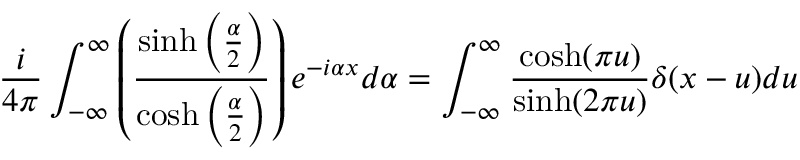
\frac { i } { 4 \pi } \int _ { - \infty } ^ { \infty } \left( \frac { \sinh \left( \frac { \alpha } { 2 } \right) } { \cosh \left( \frac { \alpha } { 2 } \right) } \right) e ^ { - i \alpha x } d \alpha = \int _ { - \infty } ^ { \infty } \frac { \cosh ( \pi u ) } { \sinh ( 2 \pi u ) } \delta ( x - u ) d u